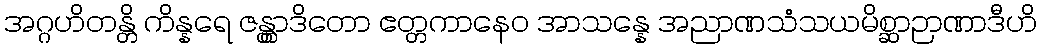
အဂ္ဂဟိတန္တိ ကိန္နရေ ဇန္တွာဒိတော ဧတ္တကာနေဝ အာသန္နေ အညာဏသံသယမိစ္ဆာဉာဏာဒီဟိ